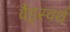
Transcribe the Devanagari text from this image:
वैंड्स्वर्थ